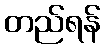
တည်ရန်